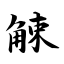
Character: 觫